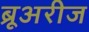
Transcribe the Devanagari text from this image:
ब्रूअरीज